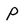
Character: P